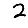
Digit: 2